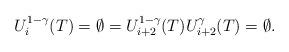
LaTeX: \begin{align*}U_i^{1-\gamma}(T)=\emptyset=U_{i+2}^{1-\gamma}(T) U_{i+2}^\gamma(T)=\emptyset.\end{align*}